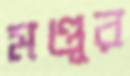
মণ্ডূর